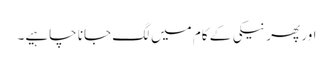
اور پھر نیکی کے کام میں لگ جانا چاہیے۔